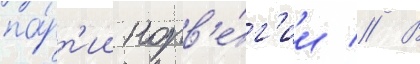
па́рт'ии норв'е́г'ии // В